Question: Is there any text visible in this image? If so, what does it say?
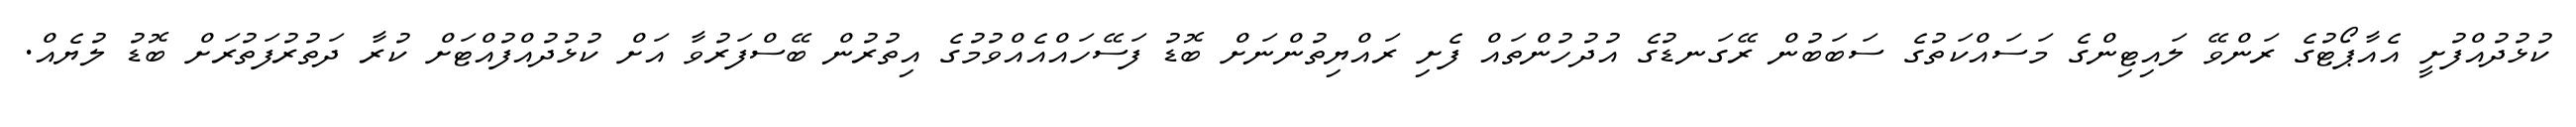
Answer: ކުޅުދުއްފުށީ އެއާޕޯޓުގެ ރަންވޭ ލައިޓިންގެ މަސައްކަތުގެ ސަބަބުން ރޭގަނޑުގެ އުދުހުންތައް ފެށި ރައްޔިތުންނަށް ބޮޑު ފަސޭހައްއެއްވުމުގެ އިތުރުން ބޭސްފަރުވާ އަށް ކުޅުދުއްފުއްޓަށް ކުރާ ދަތުރުފަތުރަށް ބޮޑު ލުޔެއް.